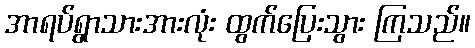
အာရပ်ရွာသားအားလုံး ထွက်ပြေးသွား ကြသည်။